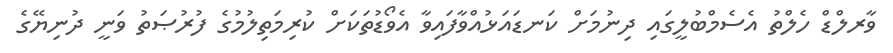
ވާރލްޑް ހެލްތު އެސެމްބުލީގައި ދިނުމަށް ކަނޑައަޅުއްވާފައިވާ އެވޯޑުތަކަށް ކުރިމަތިލުމުގެ ފުރުޞަތު ވަނީ ދުނިޔޭގެ